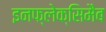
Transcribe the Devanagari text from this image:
इनफ्लेक्सिमैब